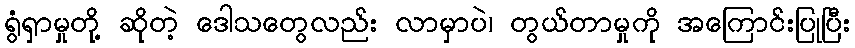
ရွံရှာမှုတို့ ဆိုတဲ့ ဒေါသတွေလည်း လာမှာပဲ၊ တွယ်တာမှုကို အကြောင်းပြုပြီး